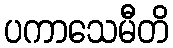
ပကာသေမီတိ